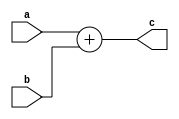
module pcadd (input [31:0] a , b , output [31:0] c);
assign c = a + b ; 
endmodule